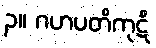
၃။ ဂဟပတိကုဋိ